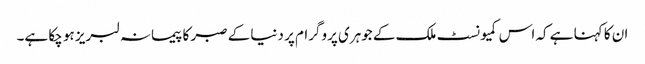
ان کا کہنا ہے کہ اس کمیونسٹ ملک کے جوہری پروگرام پر دنیا کے صبر کا پیمانہ لبریز ہو چکا ہے۔